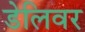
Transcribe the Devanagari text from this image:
डेलिवर